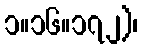
၁။၁၆။၁၇၂)၊